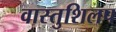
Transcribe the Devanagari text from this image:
वास्तुशिलप